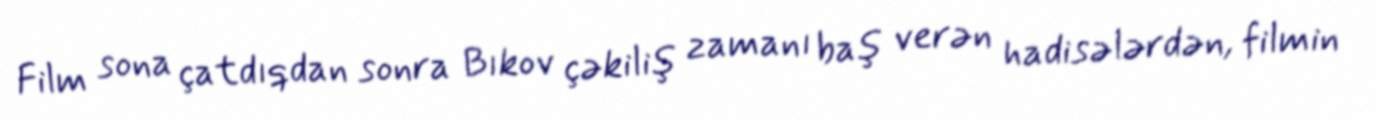
Film sona çatdıqdan sonra Bıkov çəkiliş zamanı baş verən hadisələrdən, filmin